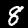
Digit: 8